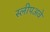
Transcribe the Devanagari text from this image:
स्लीपअवे